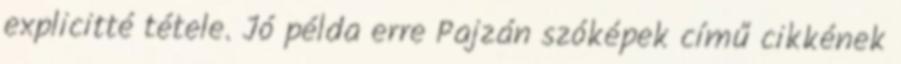
explicitté tétele. Jó példa erre Pajzán szóképek című cikkének